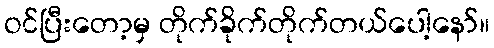
ဝင်ပြီးတော့မှ တိုက်ခိုက်တိုက်တယ်ပေါ့နော်။